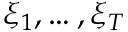
\xi _ { 1 } , \dots , \xi _ { T }